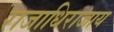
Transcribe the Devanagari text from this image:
राजाधिराजाय